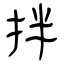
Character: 拌